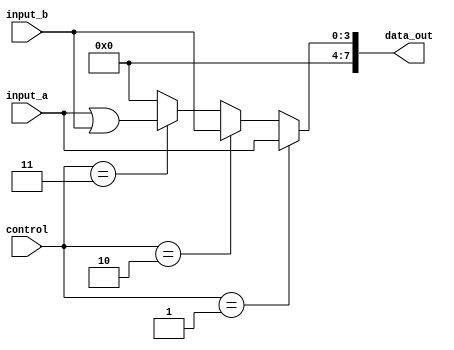
module VectorContinuousAssignment(
    output wire [7:0] data_out,    // 8-bit output vector
    input wire [3:0] control,       // 4-bit control input
    input wire [3:0] input_a,       // 4-bit input vector A
    input wire [3:0] input_b        // 4-bit input vector B
);

// Continuous assignment based on control signal
assign data_out = (control == 4'b0001) ? {4'b0000, input_a} :    // Assign input_a to the upper 4 bits
                  (control == 4'b0010) ? {4'b0000, input_b} :    // Assign input_b to the upper 4 bits
                  (control == 4'b0011) ? (input_a | input_b) :    // Bitwise OR of input_a and input_b
                  8'b00000000; // Default value

endmodule